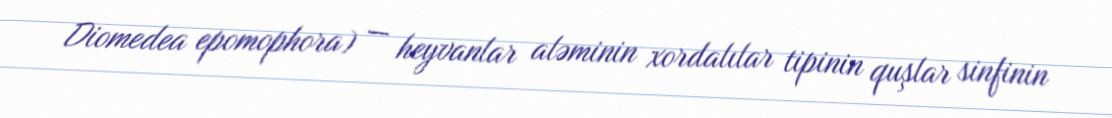
Diomedea epomophora) — heyvanlar aləminin xordalılar tipinin quşlar sinfinin